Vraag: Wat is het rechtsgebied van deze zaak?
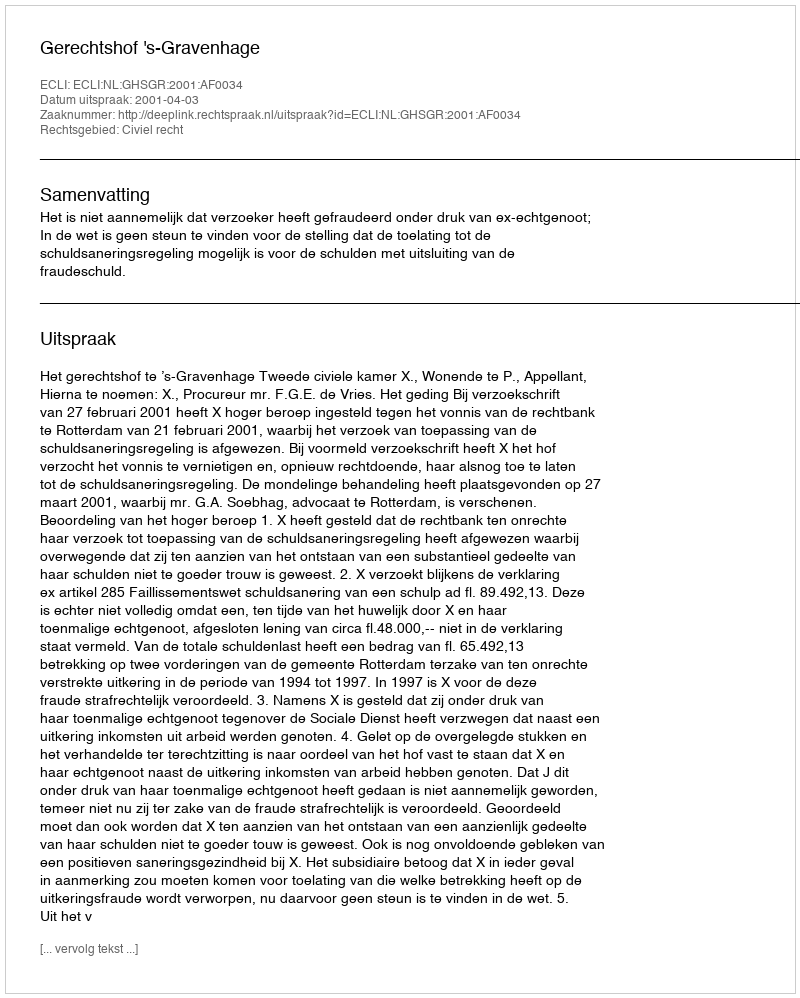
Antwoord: Civiel recht